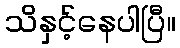
သိနှင့်နေပါပြီ။